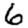
Digit: 6